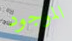
الموجود